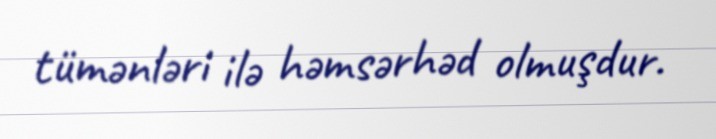
tümənləri ilə həmsərhəd olmuşdur.